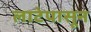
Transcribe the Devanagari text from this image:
लाटेपासून